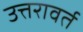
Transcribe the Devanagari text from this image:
उत्तरावर्त